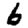
Digit: 6